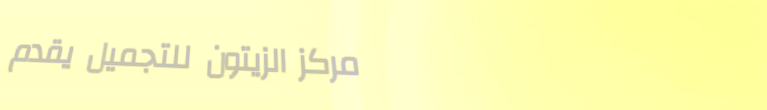
مركز الزيتون للتجميل يقدم